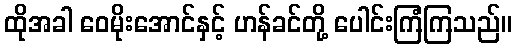
ထိုအခါ ဝေမိုးအောင်နှင့် ဟန်ခင်တို့ ပေါင်းကြံကြသည်။